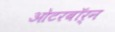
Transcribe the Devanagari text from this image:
ओटरबॉर्न